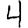
Digit: 4